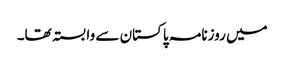
میں روزنامہ پاکستان سے وابستہ تھا۔